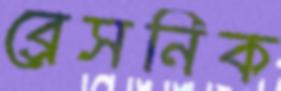
ব্রেসনিক